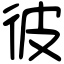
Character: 彼